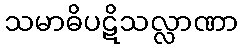
သမာဓိပဋိသလ္လာဏာ